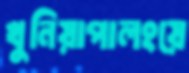
খুনিয়াপালংয়ে